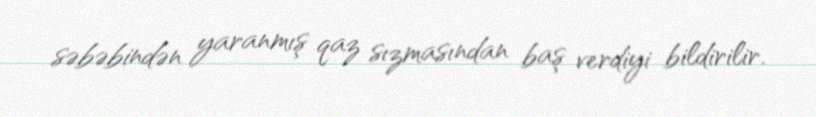
səbəbindən yaranmış qaz sızmasından baş verdiyi bildirilir.